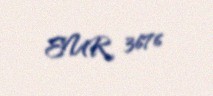
EUR 3676